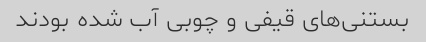
بستنی‌های قیفی و چوبی آب شده بودند